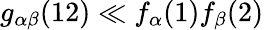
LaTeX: g_{\alpha\beta}(12)\ll f_{\alpha}(1)f_{\beta}(2)